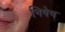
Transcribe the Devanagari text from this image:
निषेष